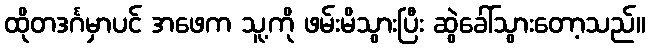
ထိုတဒင်္ဂမှာပင် အဖေက သူ့ကို ဖမ်းမိသွားပြီး ဆွဲခေါ်သွားတော့သည်။